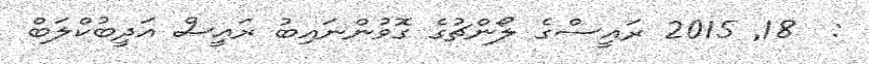
:  18